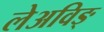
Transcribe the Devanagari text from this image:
लेअविङ्